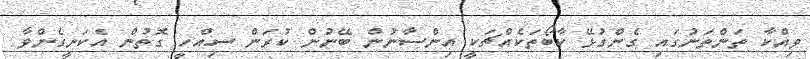
ވިއްކާ ތަންތަނުގައި ގެންގުޅޭ ކާބޯތަކެއްޗަކީ އިންސާނުން ބޭނުން ކުރަން ސިއްހީ ގޮތުން އެކަށީގެންވާ